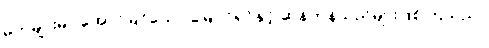
မိဘများမှာ အောင်မြင်သော မြေပိုင်ရှင်နှင့် ဆန်ကုန်သည်များဖြစ်ကြသည်။